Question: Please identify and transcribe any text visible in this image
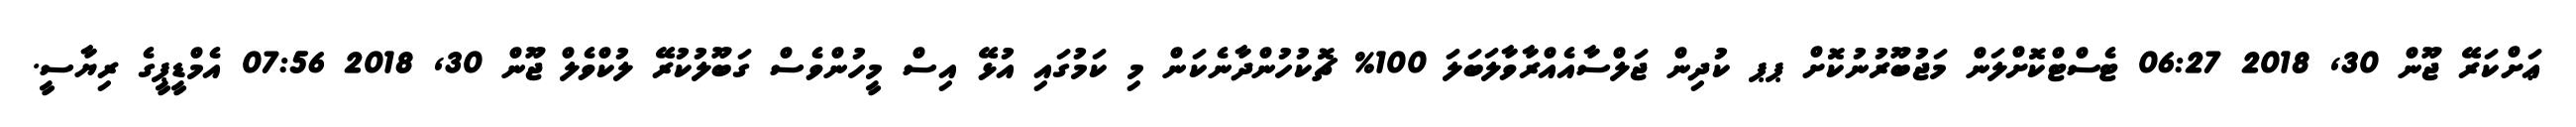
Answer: ޢަށްކަރޭ ޖޫން 30, 2018 06:27 ޓެސްޓްކޮށްލަން މަޖުބޫރުނުކޮށް ޕޕ ކުދިން ޖަލްސާއެއްރާވާލަބަލަ 100% ޗޮކުހުންދާނެކަން މި ކަމުގައި އުޅޭ އިސް މީހުންވެސް ގަބޫލުކުރޭ ލުކްވެލް ޖޫން 30, 2018 07:56 އެމްޑީޕީގެ ރިޔާސީ.